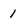
Character: 1